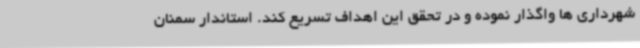
شهرداری ها واگذار نموده و در تحقق این اهداف تسریع کند. استاندار سمنان